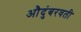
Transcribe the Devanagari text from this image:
औदुंबरवती